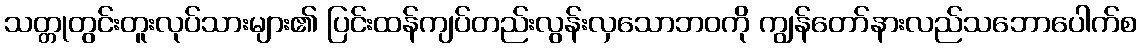
သတ္တုတွင်းတူးလုပ်သားများ၏ ပြင်းထန်ကျပ်တည်းလွန်းလှသောဘဝကို ကျွန်တော်နားလည်သဘောပေါက်စ